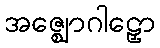
အဇ္ဈောဂါဠှော